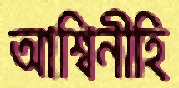
আশ্বিনীহি